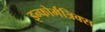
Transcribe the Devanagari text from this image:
इन्फोर्मत्रिक्स